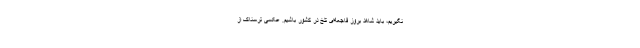
نگیریم، باید شاهد بروز فاجعه‌ای تلخ در کشور باشیم. عکسی ترسناک از